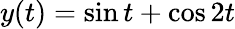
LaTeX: y(t)=\sin t+\cos 2t